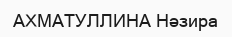
АХМАТУЛЛИНА Нәзира